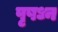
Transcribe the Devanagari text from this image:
पृषध्न